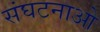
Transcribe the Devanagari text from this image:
संघटनाओ